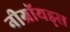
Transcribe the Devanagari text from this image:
नीग्रॉयड्स